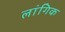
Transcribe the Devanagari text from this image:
लांगिक